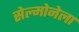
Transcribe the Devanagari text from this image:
सेल्मोनेला